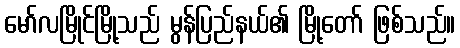
မော်လမြိုင်မြို့သည် မွန်ပြည်နယ်၏ မြို့တော် ဖြစ်သည်။